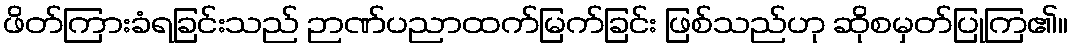
ဖိတ်ကြားခံရခြင်းသည် ဉာဏ်ပညာထက်မြက်ခြင်း ဖြစ်သည်ဟု ဆိုစမှတ်ပြုကြ၏။